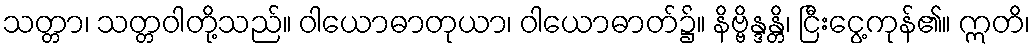
သတ္တာ၊ သတ္တဝါတို့သည်။ ဝါယောဓာတုယာ၊ ဝါယောဓာတ်၌။ နိဗ္ဗိန္ဒန္တိ၊ ငြီးငွေ့ကုန်၏။ ဣတိ၊